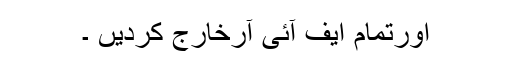
اورتمام ایف آئی آرخارج کردیں ۔